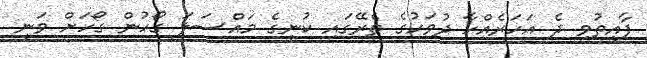
ފާއިތުވި ދެ އަހަރެއްހާ ދުވަހުގެ ތެރޭގައި ކުނީގެ މައްސަލަ ގޯހުން ގޯހަށް ވަނީ